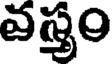
వస్త్రం